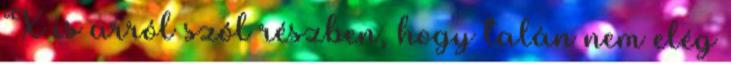
X is arról szól részben, hogy talán nem elég